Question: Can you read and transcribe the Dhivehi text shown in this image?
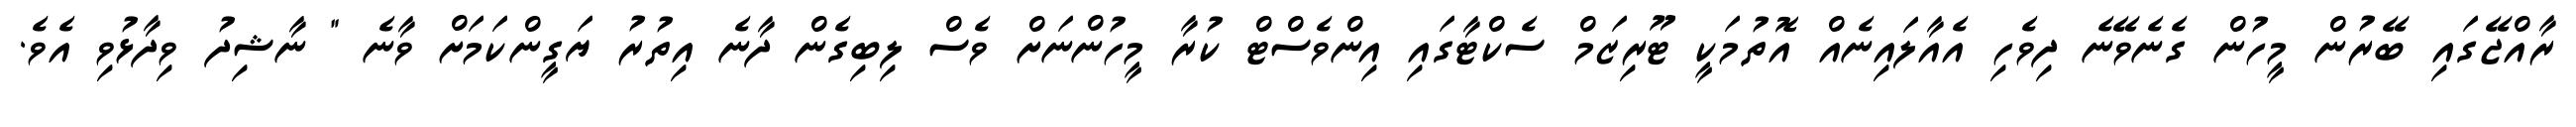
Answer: ރާއްޖޭގައި ބޭރުން މީހުން ގެނެވޭނެ ދިވެހި އެއާލައިނެއް އޮތުމަކީ ޓޫރިޒަމް ސެކްޓާގައި އިންވެސްޓް ކުރާ މީހުންނަށް ވެސް ލިބިގެން ދާނެ އިތުރު ޔަގީންކަމަށް ވާނެ " ނާޝިދު ވިދާޅުވި އެވެ.